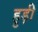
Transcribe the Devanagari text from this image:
हुड़ी